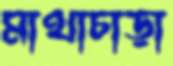
মাথাচাড়া